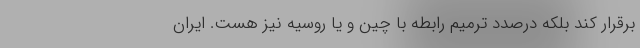
برقرار کند بلکه درصدد ترمیم رابطه با چین و یا روسیه نیز هست. ایران